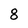
Character: 8